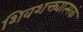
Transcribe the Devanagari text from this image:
शिवशक्त्यात्मकं